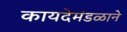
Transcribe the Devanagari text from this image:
कायदेमंडळाने